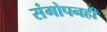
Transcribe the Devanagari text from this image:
संगोपनही